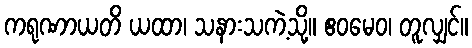
ကရုဏာယတိ ယထာ၊ သနားသကဲ့သို့။ ဧဝမေဝ၊ တူလျှင်။